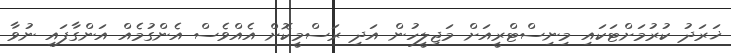
ޚަރަދު ކުރުމަށްޓަކައި މިނިސްޓްރީއަށް މަޖިލީހުން އަދި ރަސްމީކޮށް އެއްވެސް އެންގުމެއް އަންގާފައި ނުވާ